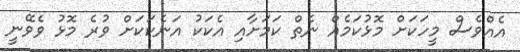
އެއްވެސް މީހަކަށް މޮޅުކަމެއް ނެތް ކަމަށާއި އެކަކު އަނެކަކަށް ވުރެ މޮޅު ވެވޭނީ